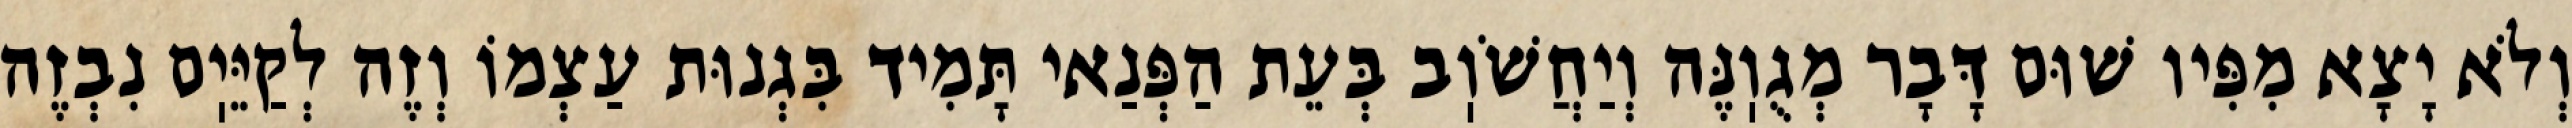
וְלֹא יָצָא מִפִּיו שׁוּם דָּבָר מְגֻוֽנֶּה וְיַחֲשֹׁוֽב בְּעֵת הַפְּנַאי תָּמִיד בִּגְנוּת עַצְמוֹ וְזֶה לְקַיֵּיֽם נִבְזֶה